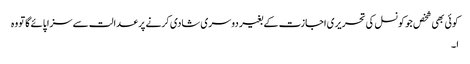
کوئی بھی شخص جو کونسل کی تحریری اجازت کے بغیر دوسری شادی کرنے پر عدالت سے سزا پائے گا تو وہ
ا ۔